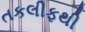
તકલીફથી